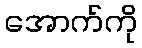
အောက်ကို